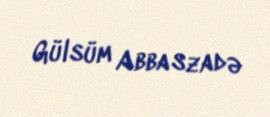
Gülsüm Abbaszadə